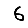
Digit: 6